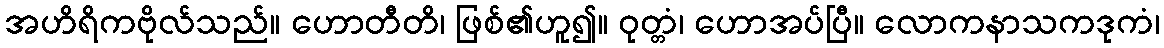
အဟိရိကဗိုလ်သည်။ ဟောတီတိ၊ ဖြစ်၏ဟူ၍။ ဝုတ္တံ၊ ဟောအပ်ပြီ။ လောကနာသကဒုကံ၊